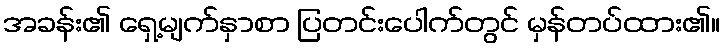
အခန်း၏ ရှေ့မျက်နှာစာ ပြတင်းပေါက်တွင် မှန်တပ်ထား၏။